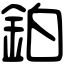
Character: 鉑